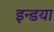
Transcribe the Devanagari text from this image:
इन्डया